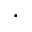
.